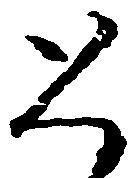
恐